EELK_Tartu_Peetri_kogudus_(kirikutahed), lk 4
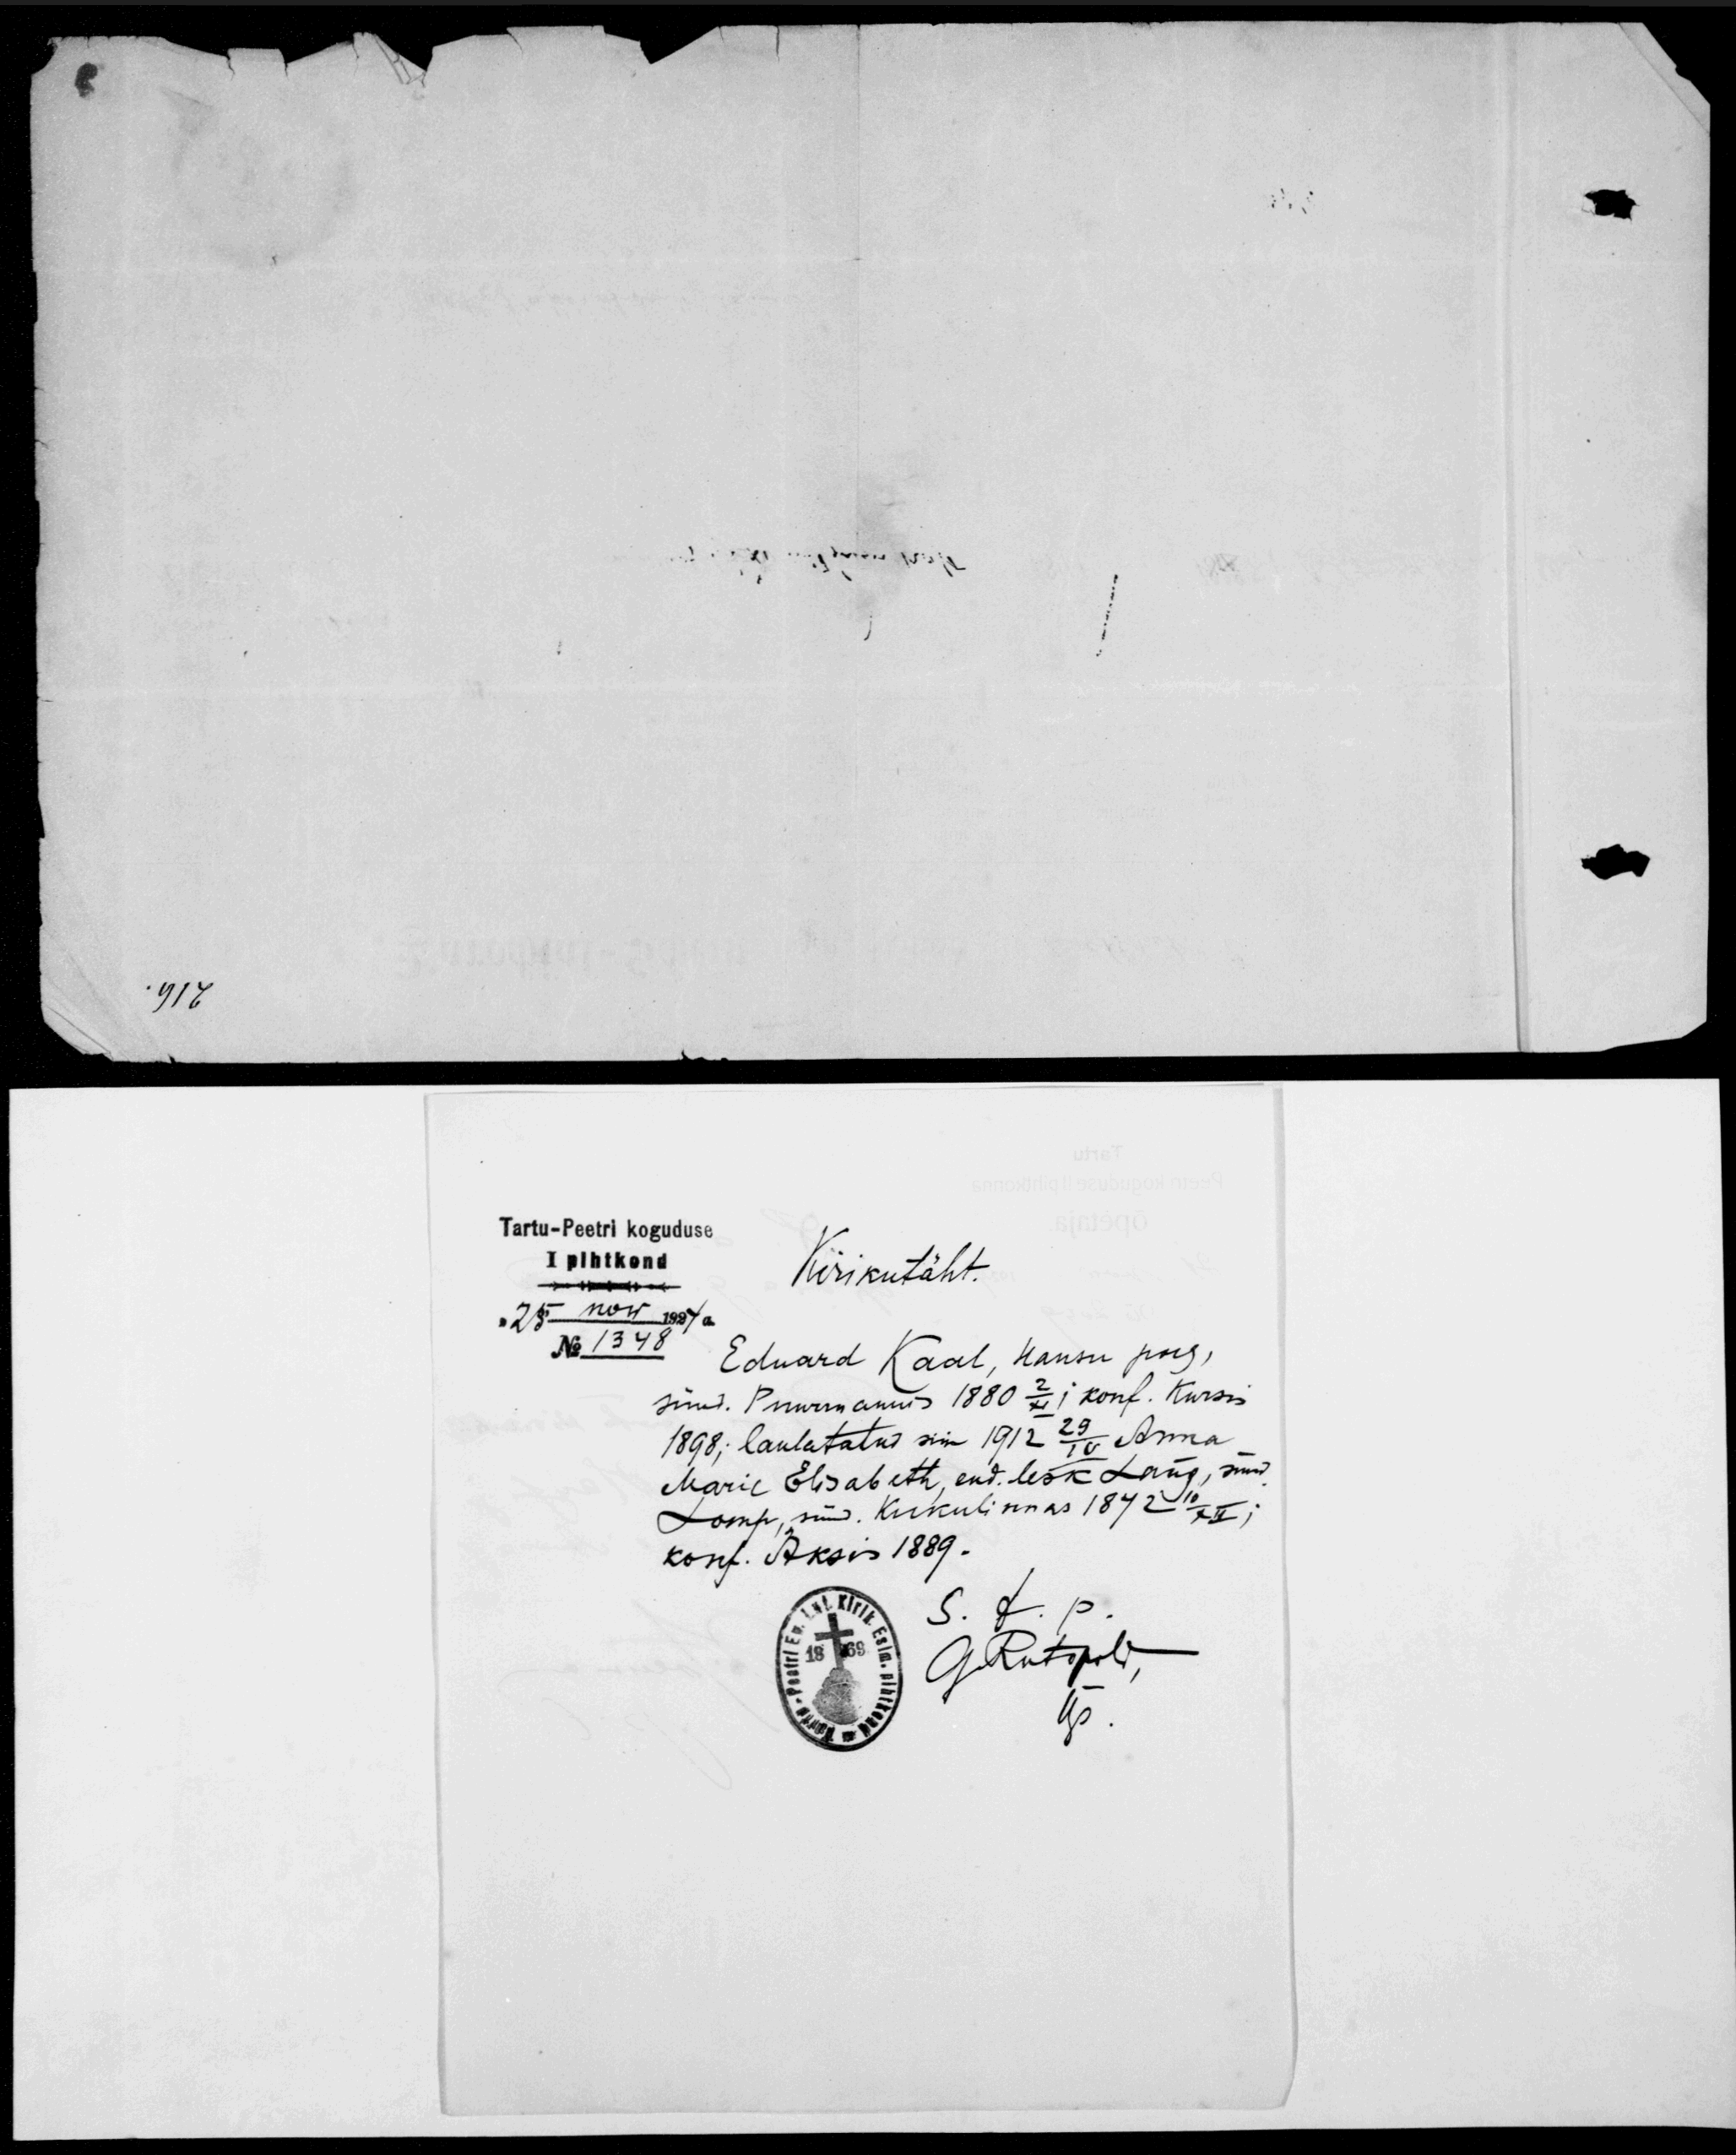
Tartu-Peetri koguduse
I pihtkond
Kirikutäht
"25" now 1924
No 1348
Eduard Kaal, Hansu poeg,
sünd. Puurmannis 1880 2/XI konf. Kursis
1898; laulatatud siin 1912 29/10 Anna
Marie Elisabeth, end. lesk Lang, sünd
Lomp, sünd. Kukulinnas 1872 10/XII;
konf. Äksis 1889.